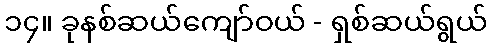
၁၄။ ခုနစ်ဆယ်ကျော်ဝယ် - ရှစ်ဆယ်ရွယ်